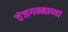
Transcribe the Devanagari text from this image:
तंजगम्माच्या